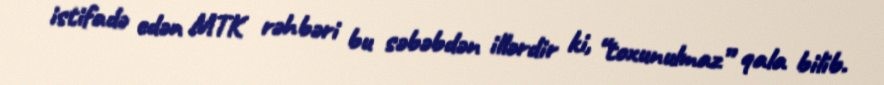
istifadə edən MTK rəhbəri bu səbəbdən illərdir ki, “toxunulmaz” qala bilib.